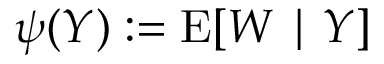
\psi ( Y ) : = \operatorname { E } [ W \mid Y ]